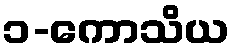
၁-ကောသိယ